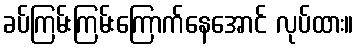
ခပ်ကြမ်းကြမ်းကြောက်နေအောင် လုပ်ထား။